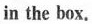
in the box.